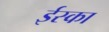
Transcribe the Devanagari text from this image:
ईस्का